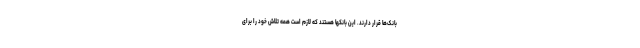
بانک‌ها قرار دارند. این بانکها هستند که لازم است همه تلاش خود را برای